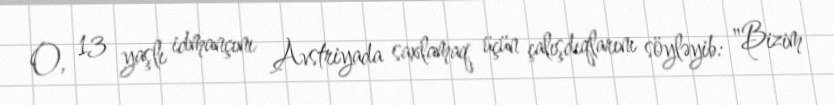
O, 13 yaşlı idmançını Avstriyada saxlamaq üçün çalışdıqlarını söyləyib: "Bizim